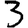
Digit: 3